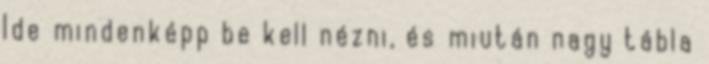
Ide mindenképp be kell nézni, és miután nagy tábla